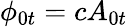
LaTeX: \phi_{0t}=cA_{0t}